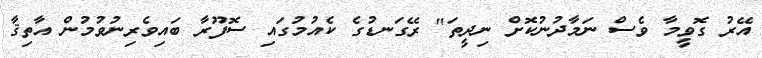
އޭރު ގޮވީމާ ވެސް ނަމާދުނުކޮށް ނިދީތަ" ރޭގަނޑުގެ ކެއުމުގައި ސޮފޫރާ ބައިވެރިނުވުމުން އާތިޤާ